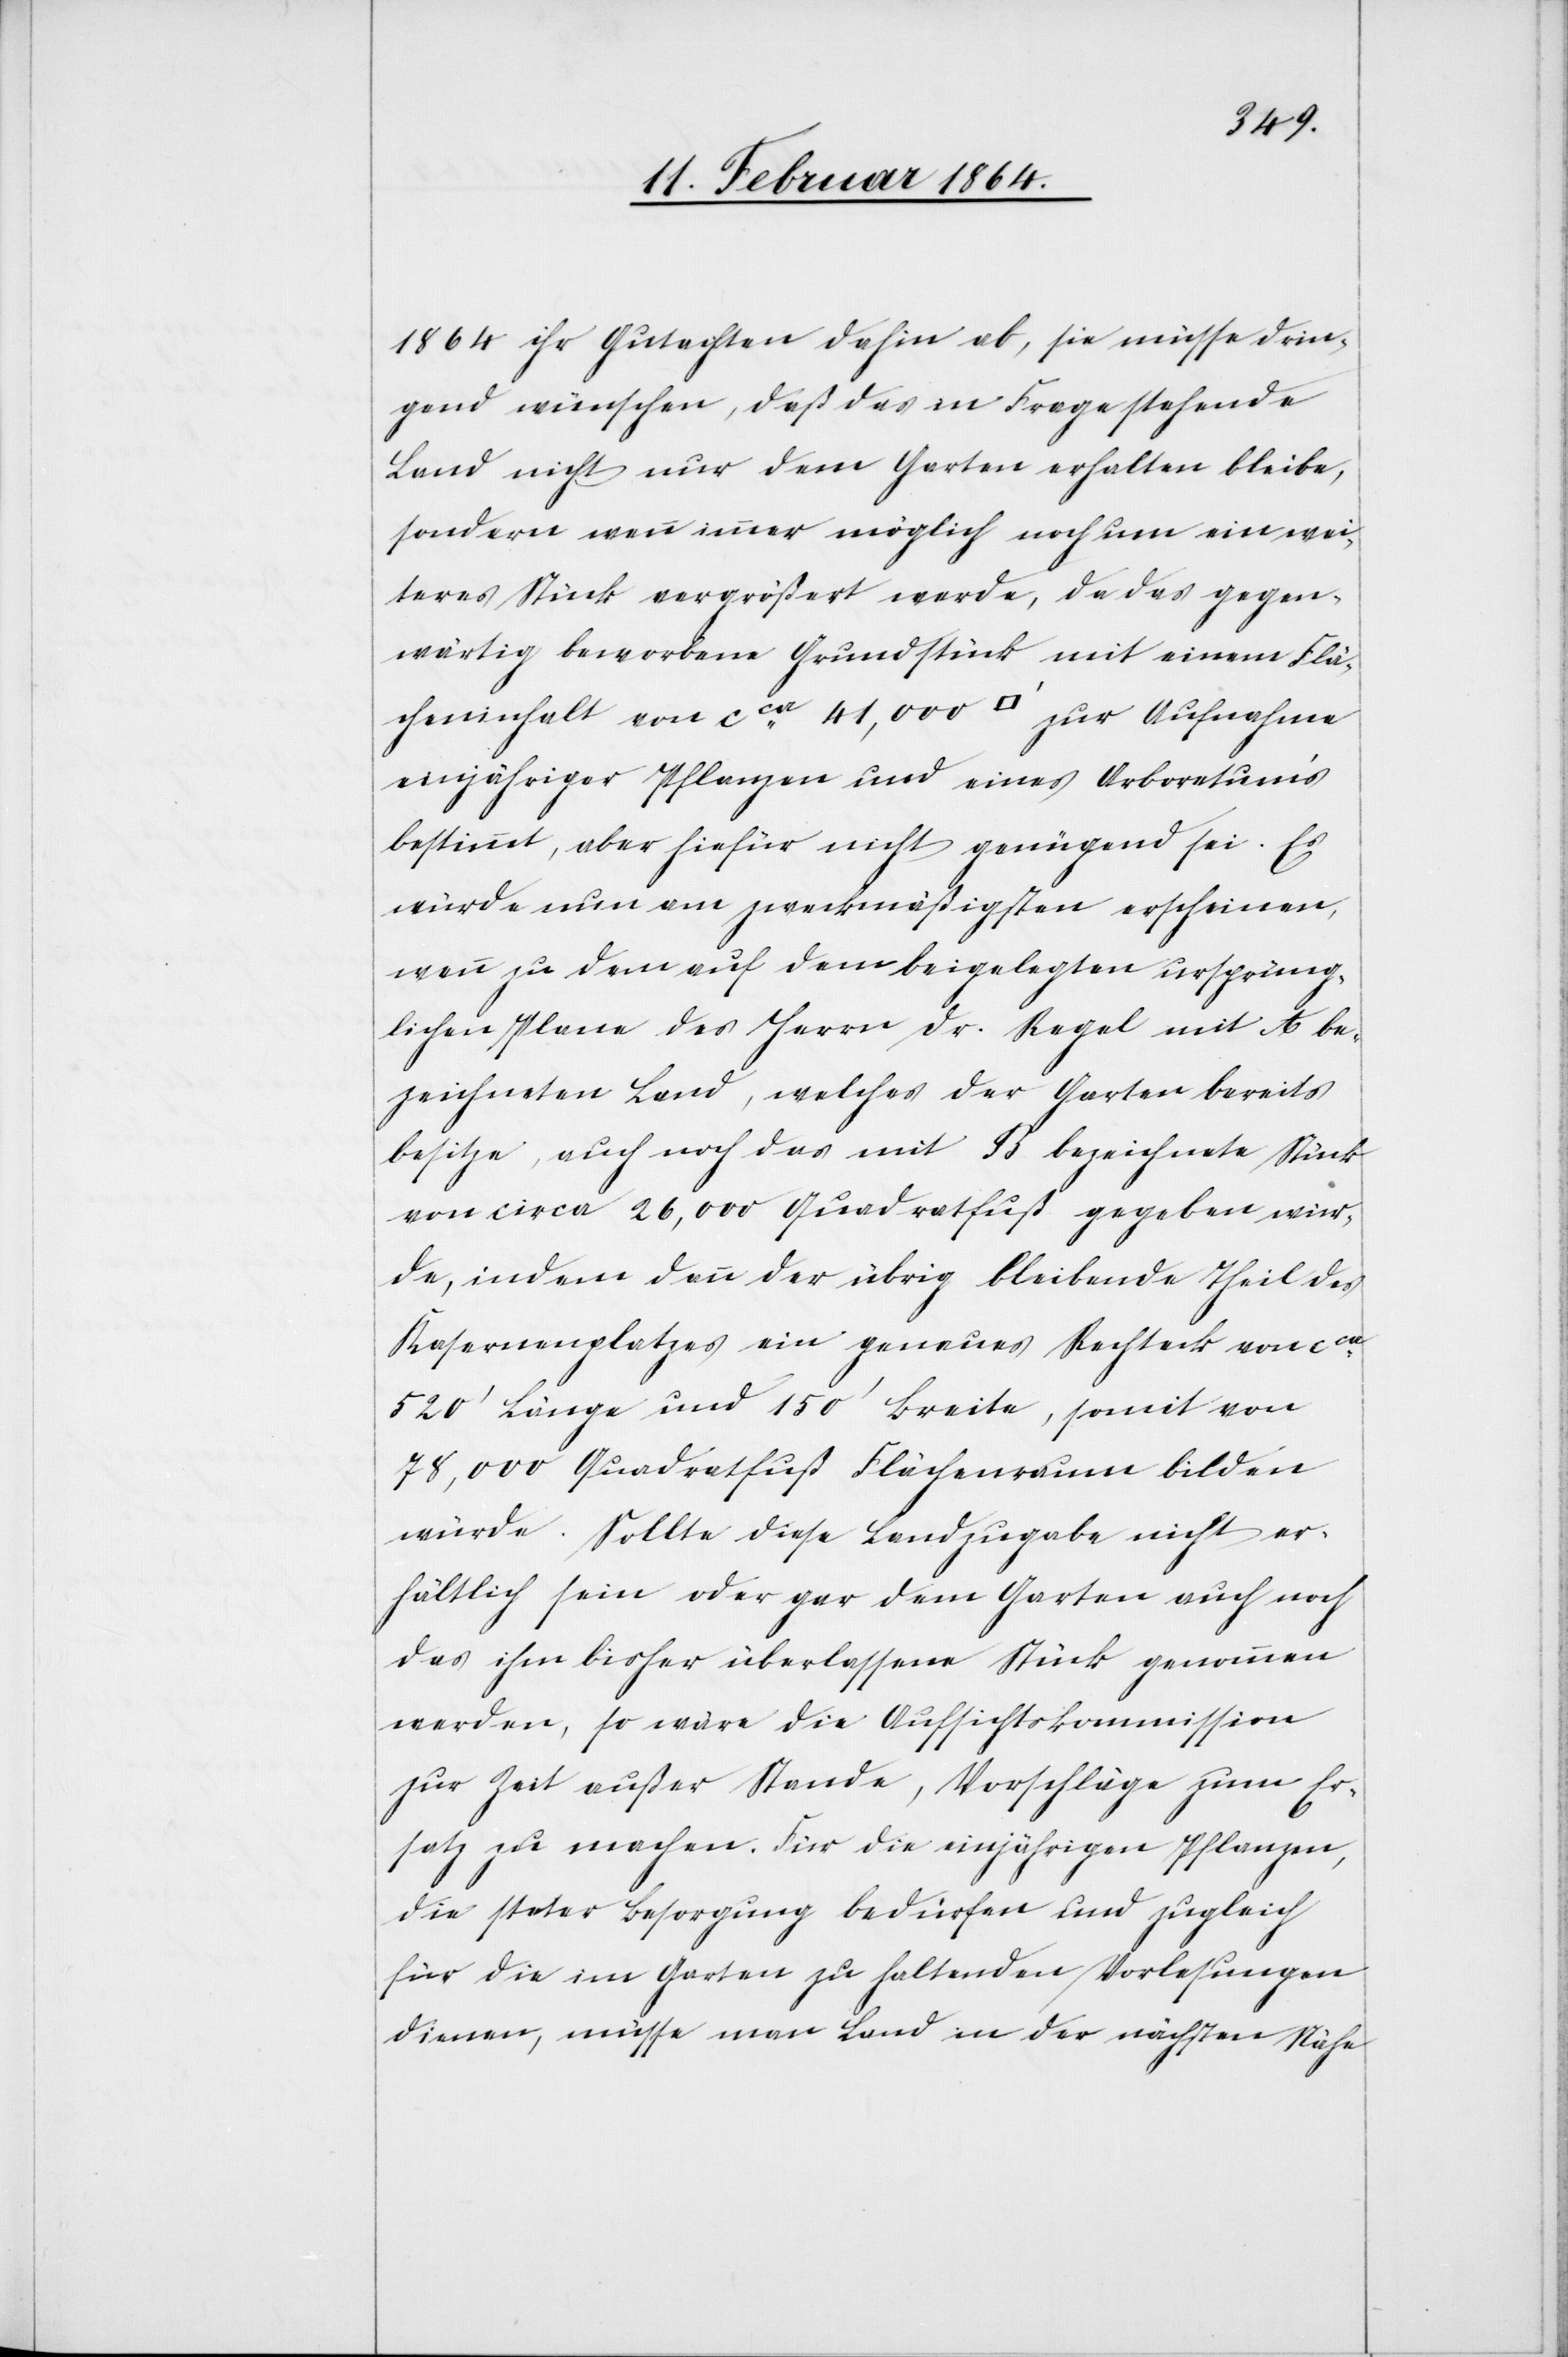
1864 ihr Gutachten dahin ab, sie müsse drin¬
gend wünschen, daß das in Frage stehende
Land nicht nur dem Garten erhalten bleibe,
sondern wenn immer möglich noch um ein wei¬
teres Stück vergrößert werde, da das gegen¬
wärtig beworbene Grundstück mit einem Flä¬
cheninhalt von cca 41,000 [Quadratfuss] zur Aufnahme
einjähriger Pflanzen und eines Arboretum’s
bestimmt, aber hierfür nicht genügend sei. Es
würde nun am zweckmäßigsten erscheinen,
wenn zu dem auf dem beigelegten ursprüng¬
lichen Plane des Herrn Dr. Regel mit A be¬
zeichneten Land, welches der Garten bereits
besitze, auch noch das mit B bezeichnete Stück
von circa 26,000 Quadratfuß gegeben wür¬
de, indem dann der übrig bleibende Theil des
Kasernenplatzes ein genaues Rechteck von cca
520’ Länge und 150’ Breite, somit von
78,000 Quadratfuß Flächenraum bilden
würde. Sollte diese Landzugabe nicht er¬
hältlich sein oder gar dem Garten auch noch
das ihm bisher überlassene Stück genommen
werden, so wäre die Aufsichtskommission
zur Zeit außer Stande, Vorschläge zum Er¬
satz zu machen. Für die einjährigen Pflanzen,
die steter Besorgung bedürfen und zugleich
für die im Garten zu haltenden Vorlesungen
dienen, müsse man Land in der nächsten Nähe